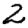
Digit: 2